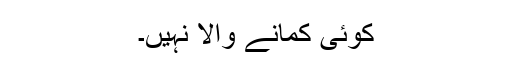
کوئی کمانے والا نہیں۔